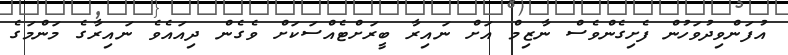
އުފަންވިދުވަހުން ފެށިގެންވެސް ނާޒިމް އަށް ނައިރާ ބީރަށްޓެއްސަކަށް ވެގެން ދިއައެވެ ނައިރާގެ މަންމަގެ